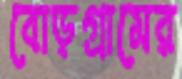
বোড়গ্রামের